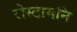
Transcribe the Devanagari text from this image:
रोस्टामनि